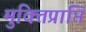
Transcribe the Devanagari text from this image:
मुक्तिप्राप्ति